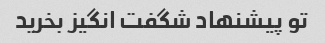
تو پیشنهاد شگفت انگیز بخرید